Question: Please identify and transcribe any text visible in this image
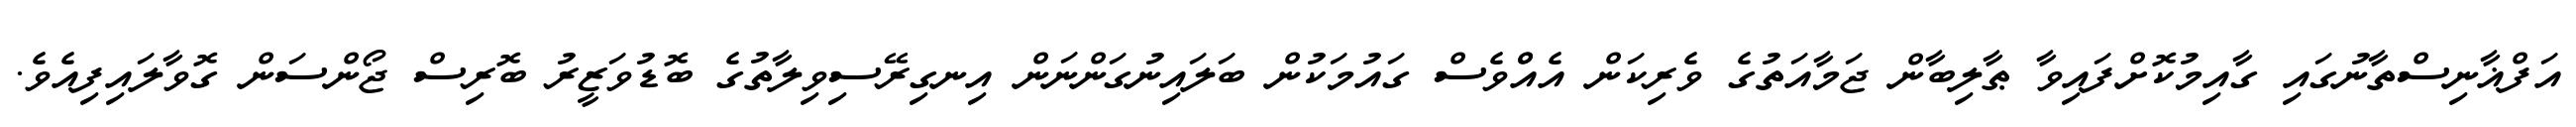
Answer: އަފްޣާނިސްތާނުގައި ގާއިމުކޮށްފައިވާ ޠާލިބާން ޖަމާއަތުގެ ވެރިކަން އެއްްވެސް ގައުމަކުން ބަލައިނުގަންނަން އިނގިރޭސިވިލާތުގެ ބޮޑުވަޒީރު ބޮރިސް ޖޯންސަން ގޮވާލައިފިއެވެ.